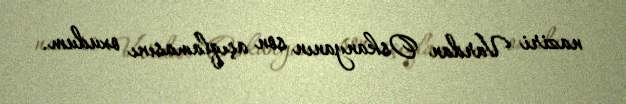
naziri Vardan Oskanyanın son açıqlamasını oxudum.